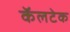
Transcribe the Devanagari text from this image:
कॅलटेक